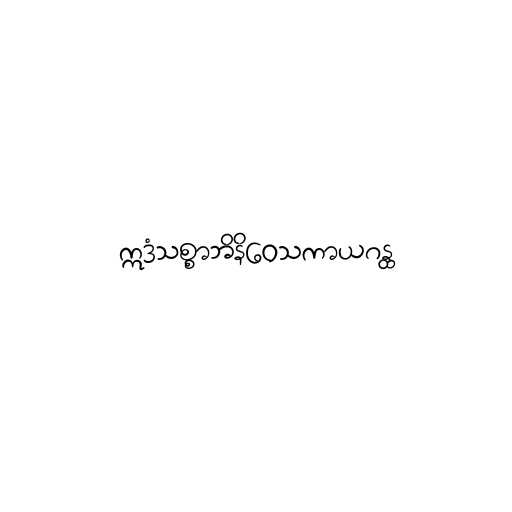
ဣဒံသစ္စာဘိနိဝေသကာယဂန္ထ